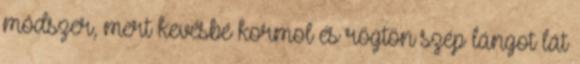
módszer, mert kevésbé kormol és rögtön szép lángot lát